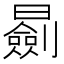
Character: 𣋽